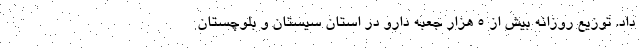
داد. توزیع روزانه بیش از 5 هزار جعبه دارو در استان سیستان و بلوچستان